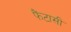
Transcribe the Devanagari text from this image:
फैंटासी